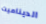
الديناميت